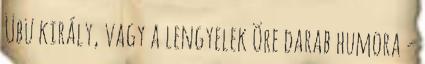
Übü király, vagy a lengyelek Öre darab humora -